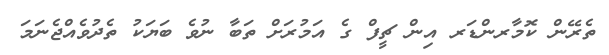
ތެރޭން ކޮމާރންޑަރ އިން ޗީފް ގެ އަމުރަށް ތަބާ ނުވެ ބަޔަކު ތެދުވެއްޖެނަމަ